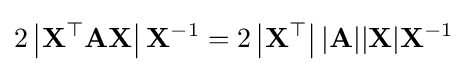
2\left|\mathbf {X^{\top }} \mathbf {A} \mathbf {X} \right|\mathbf {X} ^{-1}=2\left|\mathbf {X^{\top }} \right||\mathbf {A} ||\mathbf {X} |\mathbf {X} ^{-1}